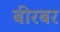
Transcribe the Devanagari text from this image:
बीरबर